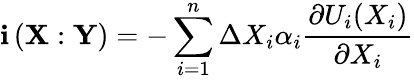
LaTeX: \mathbf{i}\left(\mathbf{X}:\mathbf{Y}\right)=-\sum_{i=1}^{n}\Delta X_{i}\alpha_{i}\frac{\partial U_{i}(X_{i})}{\partial X_{i}}